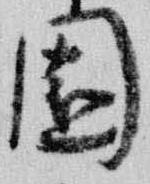
園